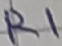
Text: R1